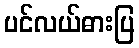
ပင်လယ်ဓားပြ